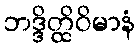
ဘဒ္ဒိတ္ထိဝိမာနံ